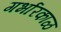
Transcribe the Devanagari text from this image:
गर्भारकाळ